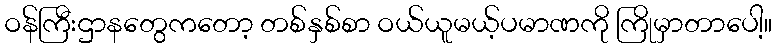
ဝန်ကြီးဌာနတွေကတော့ တစ်နှစ်စာ ဝယ်ယူမယ့်ပမာဏကို ကြိုမှာတာပေါ့။